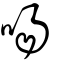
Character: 啺